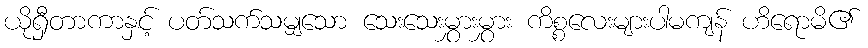
ယိုရှီတာကာနှင့် ပတ်သက်သမျှသော သေးသေးမွှားမွှား ကိစ္စလေးများပါမကျန် ဟိရောမိ၏